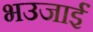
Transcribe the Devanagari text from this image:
भउजाईं